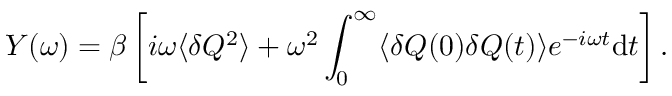
Y ( \omega ) = \beta \left[ i \omega \langle \delta Q ^ { 2 } \rangle + \omega ^ { 2 } \int _ { 0 } ^ { \infty } \langle \delta Q ( 0 ) \delta Q ( t ) \rangle e ^ { - i \omega t } \mathrm { d } t \right] .